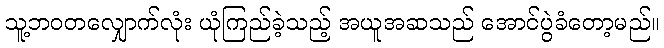
သူ့ဘဝတလျှောက်လုံး ယုံကြည်ခဲ့သည့် အယူအဆသည် အောင်ပွဲခံတော့မည်။